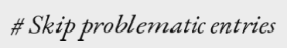
# Skip problematic entries